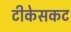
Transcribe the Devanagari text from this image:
टीकेसकट